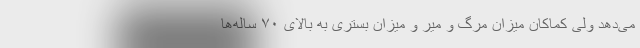
می‌دهد ولی کماکان میزان مرگ و میر و میزان بستری به بالای ۷۰ ساله‌ها